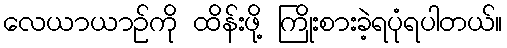
လေယာယာဉ်ကို ထိန်းဖို့ ကြိုးစားခဲ့ရပုံရပါတယ်။